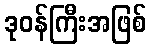
ဒုဝန်ကြီးအဖြစ်